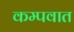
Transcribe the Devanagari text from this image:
कम्पवात